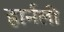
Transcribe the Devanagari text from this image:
हार्नली